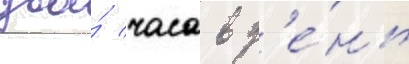
два́ часа в д'е́нь